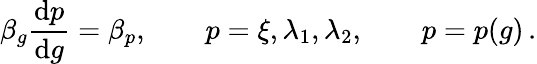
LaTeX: \beta_{g}\frac{\mathrm{d}p}{\mathrm{d}g}=\beta_{p},\qquad p=\xi,\lambda_{1},\lambda_{2},\qquad p=p(g)\, .